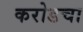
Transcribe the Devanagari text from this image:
करोडचा